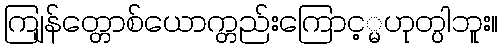
ကျြန်တ္တောစ်ယောက္တည်းကြောင့္မဟုတ္ပါဘူး။